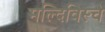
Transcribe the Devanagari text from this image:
मल्दिविस्चे